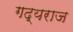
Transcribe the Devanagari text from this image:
गद्यराज